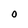
Character: O